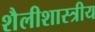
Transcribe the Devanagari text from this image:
शैलीशास्त्रीय